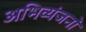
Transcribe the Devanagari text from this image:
अभिव्यंजनों